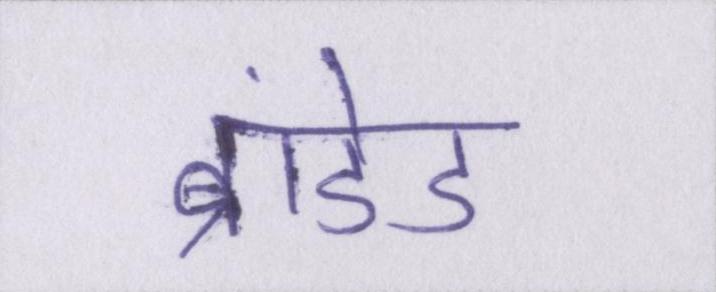
ब्रांडेड